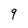
Character: 9